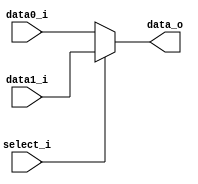
// 110652011
module MUX_2to1(
               data0_i,
               data1_i,
               select_i,
               data_o
               );

parameter size = 0;			   
			
//I/O ports               
input   [size-1:0] data0_i;          
input   [size-1:0] data1_i;
input              select_i;
output  [size-1:0] data_o; 

//Internal Signals
reg     [size-1:0] data_o;

//Main function

    always @(*) begin
        data_o <= select_i ? data1_i : data0_i;
    end

endmodule